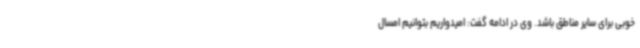
خوبی برای سایر مناطق باشد. وی در ادامه گفت: امیدواریم بتوانیم امسال